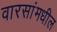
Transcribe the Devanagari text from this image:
वारसांमधील